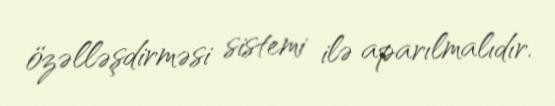
özəlləşdirməsi sistemi ilə aparılmalıdır.